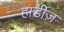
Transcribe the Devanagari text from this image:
हार्डीज़